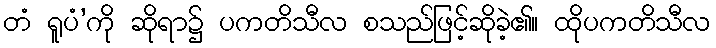
တံ ရူပံ’ကို ဆိုရာ၌ ပကတိသီလ စသည်ဖြင့်ဆိုခဲ့၏။ ထိုပကတိသီလ